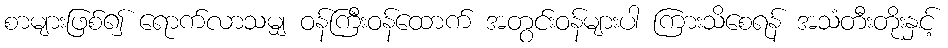
စာများဖြစ်၍ ရောက်လာသမျှ ဝန်ကြီးဝန်ထောက် အတွင်းဝန်များပါ ကြားသိစေရန် အသံတီးတိုးနှင့်